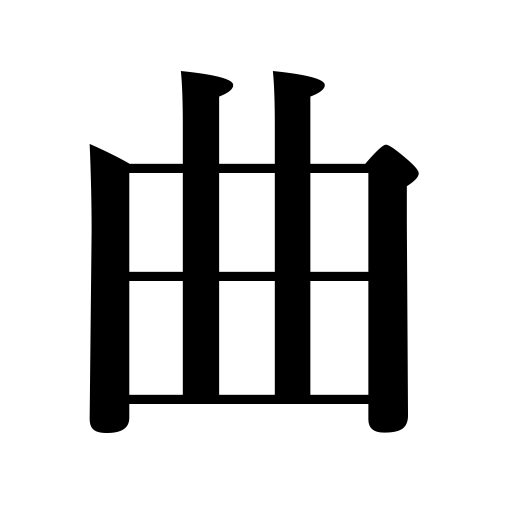
Meanings: tone,be crooked,music,bend,be awry,pawn,lean,turn,swerve,distort,curve,decline,composition,be perverse,depart from principles,fault,melody,bow